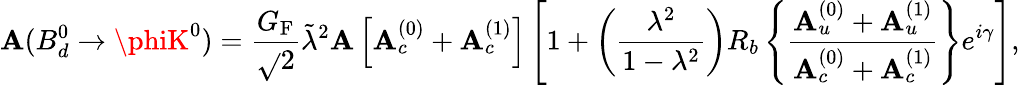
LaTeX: \mathbf{A}(B_{d}^{0}\to\phiK^{0})=\frac{{G_{\mathrm{{F}}}}}{{\sqrt{}{{2}}}}\tilde{{\lambda}}^{2}\mathbf{A}\left[{\cal\mathbf{A}}_{c}^{(0)}+{\cal\mathbf{A}}_{c}^{(1)}\right]\left[1+\left(\frac{{\lambda^{2}}}{{1-\lambda^{2}}}\right)R_{b}\left\{ \frac{{{\cal\mathbf{A}}_{u}^{(0)}+{\cal\mathbf{A}}_{u}^{(1)}}}{{{\cal\mathbf{A}}_{c}^{(0)}+{\cal\mathbf{A}}_{c}^{(1)}}}\right\} e^{i\gamma}\right],